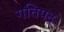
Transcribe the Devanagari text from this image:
गतिपद